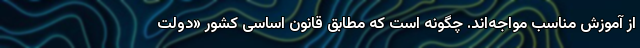
از آموزش مناسب مواجه‌اند. چگونه است که مطابق قانون اساسی کشور «دولت